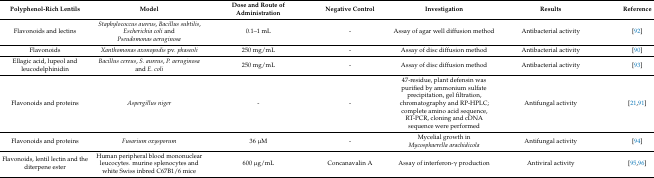
| Polyphenol-Rich Lentils | Model | Dose and Route of Administration | Negative Control | Investigation | Results | Reference |
 | --- | --- | --- | --- | --- | --- | --- |
 | Flavonoids and lectins | Staphylococcus aureus, Bacillus subtilis, Escherichia coli and Pseudomonas aeruginosa | 0.1–1 mL | - | Assay of agar well diffusion method | Antibacterial activity | [92] |
 | Flavonoids | Xanthomonas axonopodis pv. phaseoli | 250 mg/mL | - | Assay of disc diffusion method | Antibacterial activity | [90] |
 | Ellagic acid, lupeol and leucodelphinidin | Bacillus cereus, S. aureus, P. aeruginosa and E. coli | 250 mg/mL | - | Assay of disc diffusion method | Antibacterial activity | [93] |
 | Flavonoids and proteins | Aspergillus niger | - | - | 47-residue, plant defensin was purified by ammonium sulfate precipitation, gel filtration, chromatography and RP-HPLC; complete amino acid sequence, RT-PCR, cloning and cDNA sequence were performed | Antifungal activity | [21,91] |
 | Flavonoids and proteins | Fusarium oxysporum | 36 μM | - | Mycelial growth in Mycosphaerella arachidicola | Antifungal activity | [94] |
 | Flavonoids, lentil lectin and the diterpene ester | Human peripheral blood mononuclear leucocytes. murine splenocytes and white Swiss inbred C67B1/6 mice | 600 μg/mL | Concanavalin A | Assay of interferon-γ production | Antiviral activity | [95,96] |